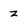
Character: z